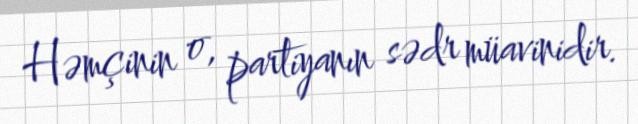
Həmçinin o, partiyanın sədr müavinidir.